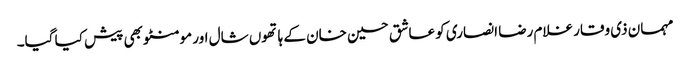
مہمان ذی وقار غلام رضا انصاری کو عاشق حسین خان کے ہاتھوں شال اور مومنٹو بھی پیش کیا گیا۔